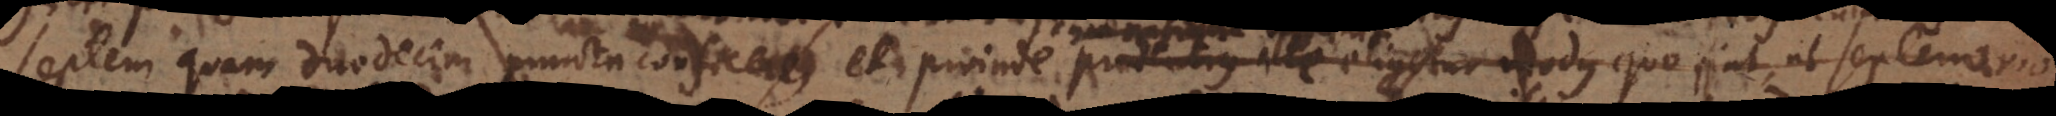
em quam duodecim puncta conficere, et proinde prudentius ille eligitur modus quo fiat, ut septenario